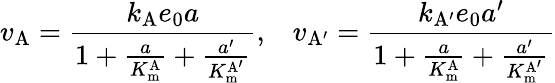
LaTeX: v_{\mathrm{A}}={\frac{k_{\mathrm{A}}e_{0}a}{1+{\frac{a}{K_{\mathrm{m}}^{\mathrm{A}}}}+{\frac{a^{\prime}}{K_{\mathrm{m}}^{\mathrm{A^{\prime}}}}}}},\; \; \; v_{\mathrm{A^{\prime}}}={\frac{k_{\mathrm{A^{\prime}}}e_{0}a^{\prime}}{1+{\frac{a}{K_{\mathrm{m}}^{\mathrm{A}}}}+{\frac{a^{\prime}}{K_{\mathrm{m}}^{\mathrm{A^{\prime}}}}}}}